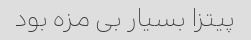
پیتزا بسیار بی مزه بود